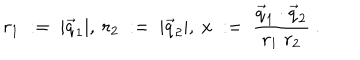
r _ { 1 } \; : = \; | \vec { q } _ { 1 } | , \ r _ { 2 } \; : = \; | \vec { q } _ { 2 } | , \ x \; : = \; \frac { \vec { q } _ { 1 } \cdot \vec { q } _ { 2 } } { r _ { 1 } \; r _ { 2 } } \ .